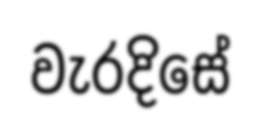
වැරදිසේ